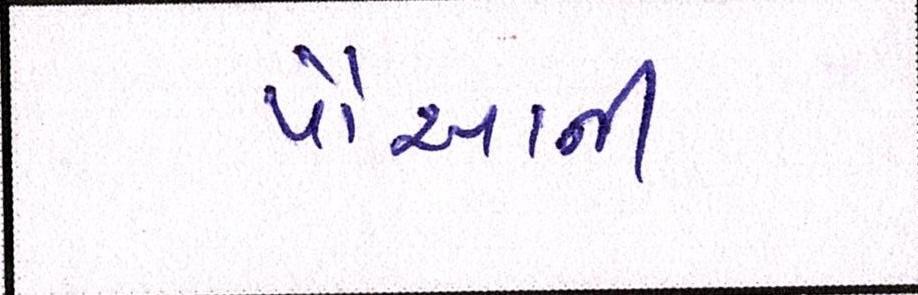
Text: પૌઆની